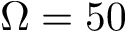
\Omega = 5 0